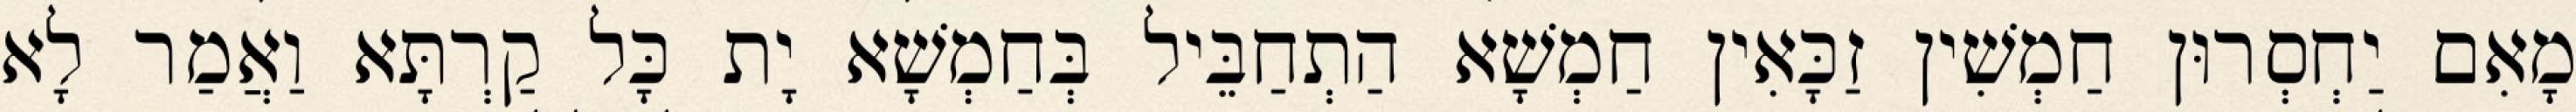
מָאִם יַחְסְרוּן חַמְשִׁין זַכָּאִין חַמְשָׁא הַתְחַבֵּיל בְּחַמְשָׁא יָת כָּל קַרְתָּא וַאֲמַר לָא